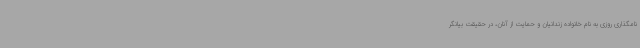
نامگذاری روزی به نام خانواده زندانیان و حمایت از آنان، در حقیقت بیانگر